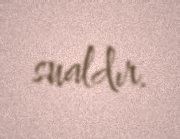
sualdır.